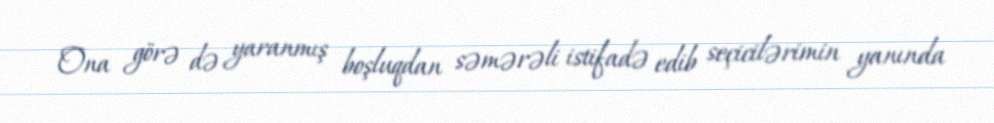
Ona görə də yaranmış boşluqdan səmərəli istifadə edib seçicilərimin yanında